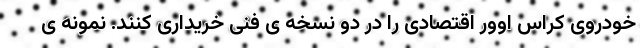
خودروی کراس اوور اقتصادی را در دو نسخه ی فنی خریداری کنند. نمونه ی